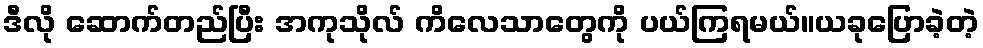
ဒီလို ဆောက်တည်ပြီး အကုသိုလ် ကိလေသာတွေကို ပယ်ကြရမယ်။ယခုပြောခဲ့တဲ့